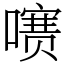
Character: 㗷